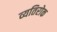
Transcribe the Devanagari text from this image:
व्यतिरोक